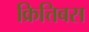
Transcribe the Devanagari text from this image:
क्रित्तिबस